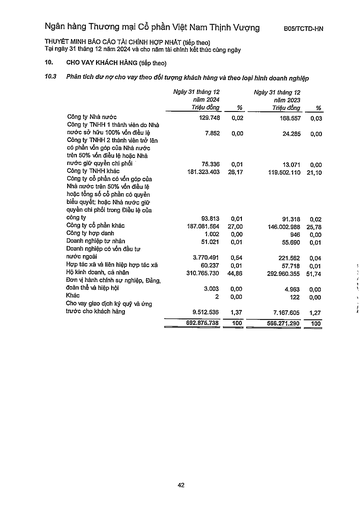
||Ngày 31 tháng 12 năm 2024 Triệu đồng|%|Ngày 31 tháng 12 năm 2023 Triệu đồng|%| |---|---|---|---|---| |Công ty Nhà nước|129.748|0,02|168.557|0,03| |Công ty TNHH 1 thành viên do Nhà nước sở hữu 100% vốn điều lệ|7.852|0,00|24.285|0,00| |Công ty TNHH 2 thành viên trở lên có phần vốn góp của Nhà nước trên 50% vốn điều lệ hoặc Nhà nước giữ quyền chi phối|75.336|0,01|13.071|0,00| |Công ty TNHH khác|181.323.403|26,17|119.502.110|21,10| |Công ty cổ phần có vốn góp của Nhà nước trên 50% vốn điều lệ hoặc tổng số cổ phần có quyền biểu quyết; hoặc Nhà nước giữ quyền chi phối trong Điều lệ của công ty|93.813|0,01|91.318|0,02| |Công ty cổ phần khác|187.081.564|27,00|146.002.988|25,78| |Công ty hợp danh|1.002|0,00|946|0,00| |Doanh nghiệp tư nhân|51.021|0,01|55.690|0,01| |Doanh nghiệp có vốn đầu tư nước ngoài|3.770.491|0,54|221.562|0,04| |Hợp tác xã và liên hiệp hợp tác xã|60.237|0,01|57.718|0,01| |Hộ kinh doanh, cá nhân|310.765.730|44,86|292.960.355|51,74| |Đơn vị hành chính sự nghiệp, Đảng, đoàn thể và hiệp hội|3.003|0,00|4.963|0,00| |Khác|2|0,00|122|0,00| |Cho vay giao dịch ký quỹ và ứng trước cho khách hàng|9.512.536|1,37|7.167.605|1,27| ||692.875.738|100|566.271.290|100|